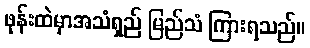
ဖုန်းထဲမှာအသံရှည် မြည်သံ ကြားရသည်။